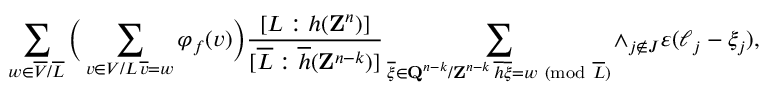
\sum _ { w \in \overline { { V } } / \overline { { L } } } \Big ( \sum _ { \substack { v \in V / L \, \overline { { v } } = w } } \varphi _ { f } ( v ) \Big ) \frac { [ L : h ( \mathbf { Z } ^ { n } ) ] } { [ \overline { { L } } : \overline { { h } } ( \mathbf { Z } ^ { n - k } ) ] } \sum _ { \substack { \overline { { \xi } } \in \mathbf { Q } ^ { n - k } / \mathbf { Z } ^ { n - k } \, \overline { { h } } \overline { { \xi } } = w \ ( \mathrm { m o d } \ \overline { { L } } ) } } \wedge _ { j \notin J } \varepsilon ( \ell _ { j } - \xi _ { j } ) ,